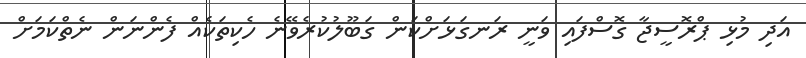
އަދި މުޅި ޕްރޮސީޖާ ގޮސްފައި ވަނީ ރަނގަޅަށްކަން ގަބޫލުކުރެވޭނެ ހެކިތަކެއް ފެންނަން ނެތްކަމަށް